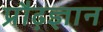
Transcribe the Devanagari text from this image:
प्रौढ़ज्ञान